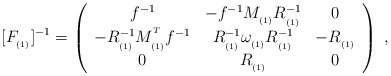
\begin{align*}\lbrack F_{_{(1)}}]^{-1}=\left(\begin{array}{ccc}f^{-1} & -f^{-1}M_{_{(1)}}R_{_{(1)}}^{-1} & 0 \\-R_{_{(1)}}^{-1}M_{_{(1)}}^{^T}f^{-1} & R_{_{(1)}}^{-1}\omega_{_{(1)}}R_{_{(1)}}^{-1} & -R_{_{(1)}} \\0 & R_{_{(1)}} & 0\end{array}\right) \;,\end{align*}